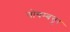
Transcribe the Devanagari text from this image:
योयम्बत्तूर